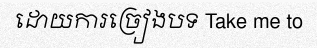
ដោយការច្រៀងបទ Take me to